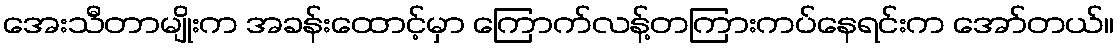
အေးသီတာမျိုးက အခန်းထောင့်မှာ ကြောက်လန့်တကြားကပ်နေရင်းက အော်တယ်။